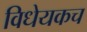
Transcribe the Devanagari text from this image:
विधेयकच